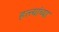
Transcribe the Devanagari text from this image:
हत्त्यांच्या